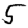
Digit: 5